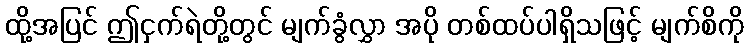
ထို့အပြင် ဤငှက်ရဲတို့တွင် မျက်ခွံလွှာ အပို တစ်ထပ်ပါရှိသဖြင့် မျက်စိကို